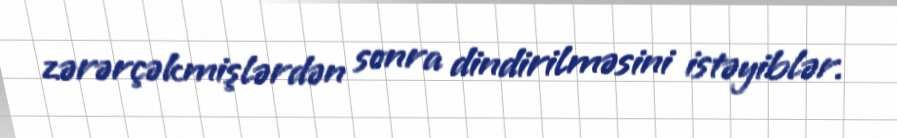
zərərçəkmişlərdən sonra dindirilməsini istəyiblər.